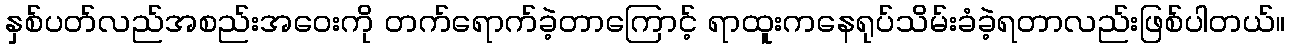
နှစ်ပတ်လည်အစည်းအဝေးကို တက်ရောက်ခဲ့တာကြောင့် ရာထူးကနေရုပ်သိမ်းခံခဲ့ရတာလည်းဖြစ်ပါတယ်။